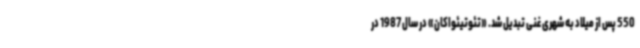
550 پس از میلاد به شهری غنی تبدیل شد. «تئوتیئواکان» در سال 1987 در